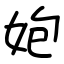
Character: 㚿